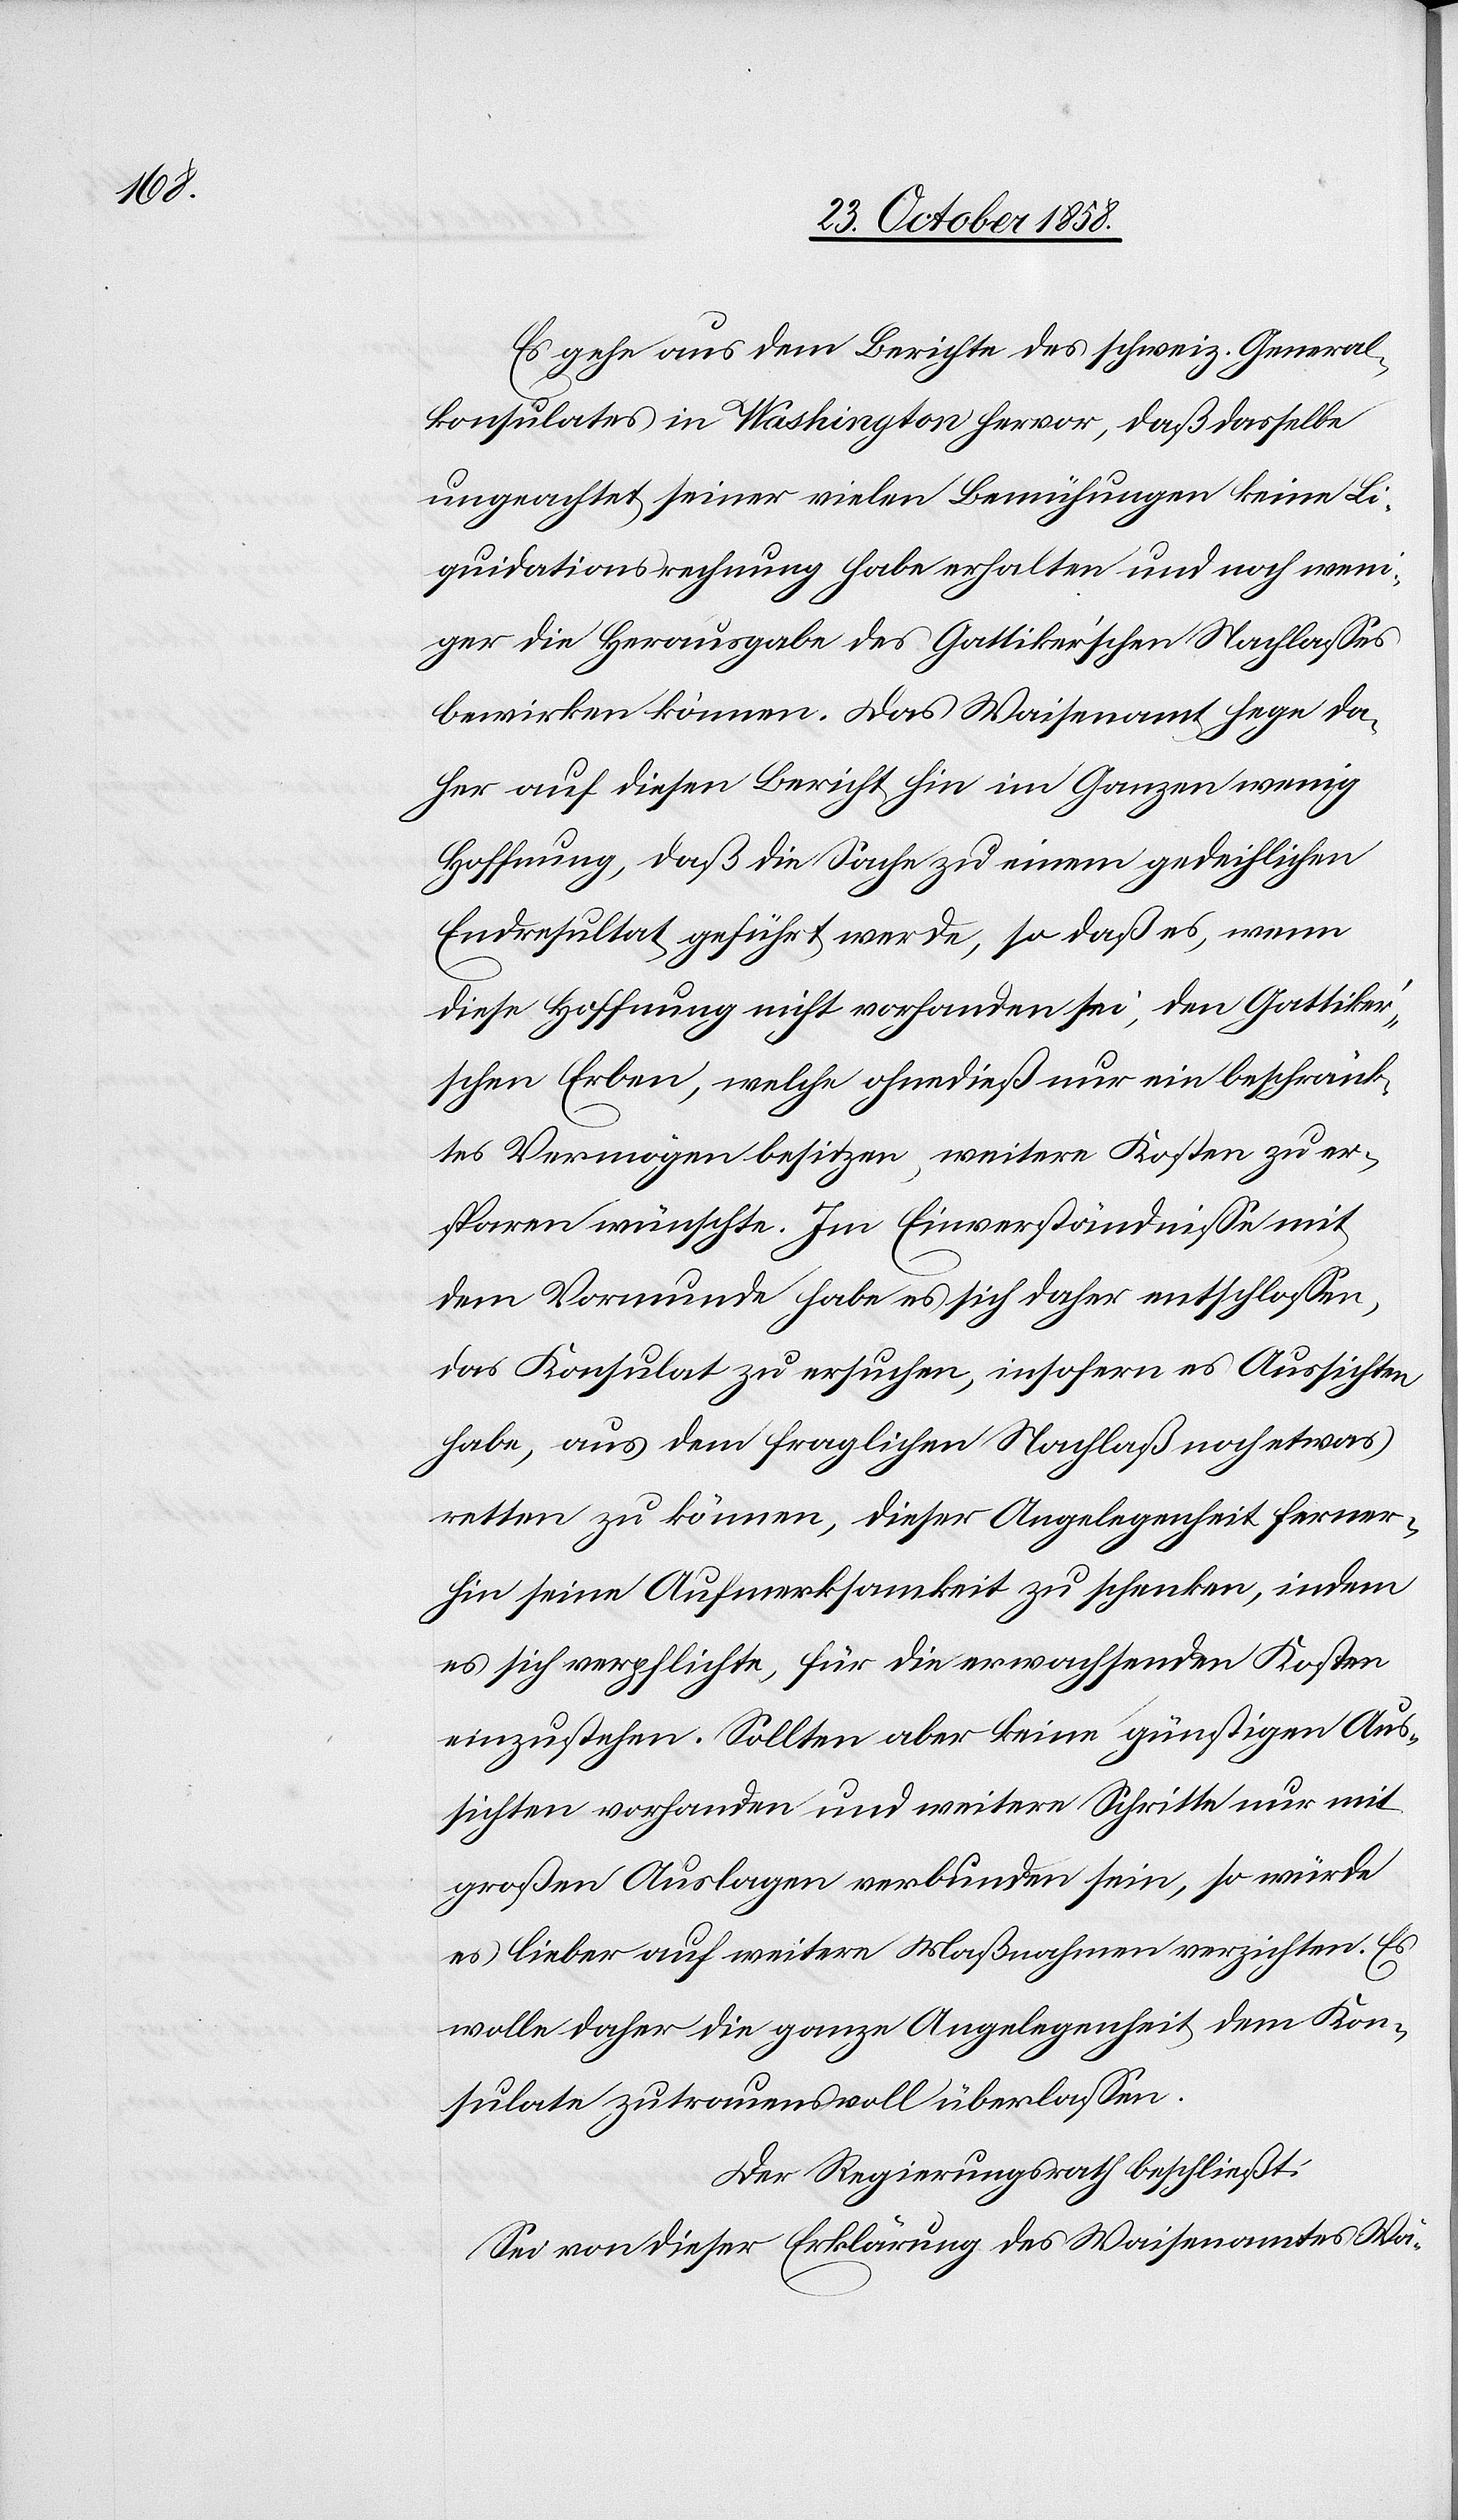
Es gehe aus dem Berichte des schweiz. General¬
konsulates in Washington hervor, daß dasselbe
ungeachtet seiner vielen Bemühungen keine Li¬
quidationsrechnung habe erhalten und noch weni¬
ger die Herausgabe des Gattiker’schen Nachlasses
bewirken können. Das Waisenamt hege da¬
her auf diesen Bericht hin im Ganzen wenig
Hoffnung, daß die Sache zu einem gedeihlichen
Endresultat geführt werde, so daß es, wenn
diese Hoffnung nicht vorhanden sei, den Gattike¬
r’schen Erben, welche ohnedieß nur ein beschränk¬
tes Vermögen besitzen, weitere Kosten zu er¬
sparen wünschte. Im Einverständnisse mit
dem Vormunde habe es sich daher entschlossen,
das Konsulat zu ersuchen, insofern es Aussichten
habe, aus dem fraglichen Nachlaß noch etwas
retten zu können, dieser Angelegenheit ferner¬
hin seine Aufmerksamkeit zu schenken, indem
es sich verpflichte, für die erwachsenden Kosten
einzustehen. Sollten aber keine günstigen Aus¬
sichten vorhanden und weitere Schritte nur mit
großen Auslagen verbunden sein, so würde
es lieber auf weitere Maßnahmen verzichten. Es
wolle daher die ganze Angelegenheit dem Kon¬
sulate zutrauensvoll überlassen.
Der Regierungsrath beschließt:
Sei von dieser Erklärung des Waisenamtes Wä-